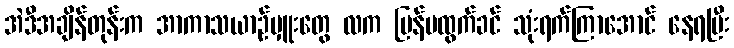
အဲဒီအချိန်တုန်းက အာကာသယာဉ်မှူးတွေ လက ပြန်မထွက်ခင် သုံးရက်ကြာအောင် နေရပြီး